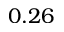
0 . 2 6